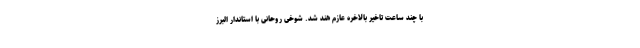
با چند ساعت تاخیر بالاخره عازم هند شد. شوخی روحانی با استاندار البرز